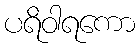
ပရိဝါရကော